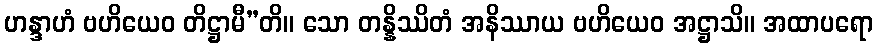
ဟန္ဒာဟံ ဗဟိယေဝ တိဋ္ဌာမီ”တိ။ သော တန္နိဿိတံ အနိဿာယ ဗဟိယေဝ အဋ္ဌာသိ။ အထာပရော